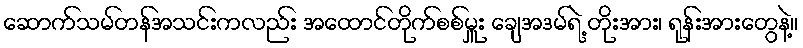
ဆောက်သမ်တန်အသင်းကလည်း အထောင်တိုက်စစ်မှူး ချေအဒမ်ရဲ့ တိုးအား၊ ရုန်းအားတွေနဲ့။